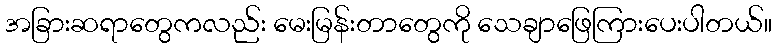
အခြားဆရာတွေကလည်း မေးမြန်းတာတွေကို သေချာဖြေကြားပေးပါတယ်။